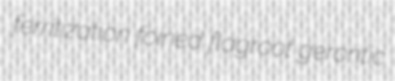
ferritization foined flagroot gerontic